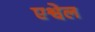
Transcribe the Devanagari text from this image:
एश्वेल